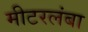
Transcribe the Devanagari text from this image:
मीटरलंबा